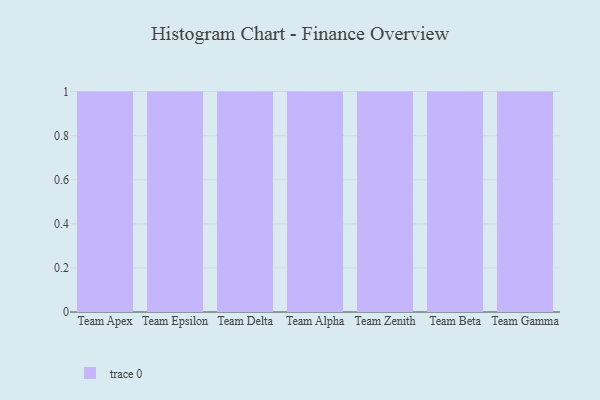
{"axis": {"x": "Team", "y": "Production Output"}, "legend": [""], "data": [{"x": "Team Apex", "y": 84, "type": ""}, {"x": "Team Epsilon", "y": 52, "type": ""}, {"x": "Team Delta", "y": 70, "type": ""}, {"x": "Team Alpha", "y": 1, "type": ""}, {"x": "Team Zenith", "y": 70, "type": ""}, {"x": "Team Beta", "y": 40, "type": ""}, {"x": "Team Gamma", "y": 6, "type": ""}]}